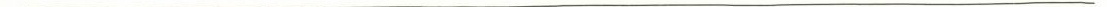
___